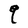
Character: q